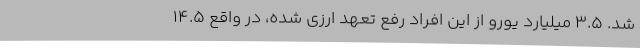
شد. 3.5 میلیارد یورو از این افراد رفع تعهد ارزی شده، در واقع 14.5